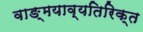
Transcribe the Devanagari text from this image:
वाङ्मयाव्यतिरिक्त